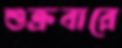
শুক্রবারে